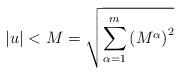
LaTeX: \begin{align*}\left\vert u\right\vert <M=\sqrt{\sum\limits_{\alpha =1}^{m}\left( M^{\alpha}\right) ^{2}}\end{align*}